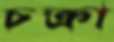
চক্রা